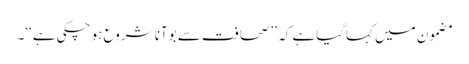
مضمون میں کہاگیاہے کہ ’’صحافت سے بوآنا شروع ہو چکی ہے‘‘۔